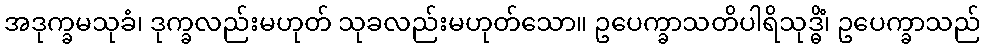
အဒုက္ခမသုခံ၊ ဒုက္ခလည်းမဟုတ် သုခလည်းမဟုတ်သော။ ဥပေက္ခာသတိပါရိသုဒ္ဓိံ၊ ဥပေက္ခာသည်